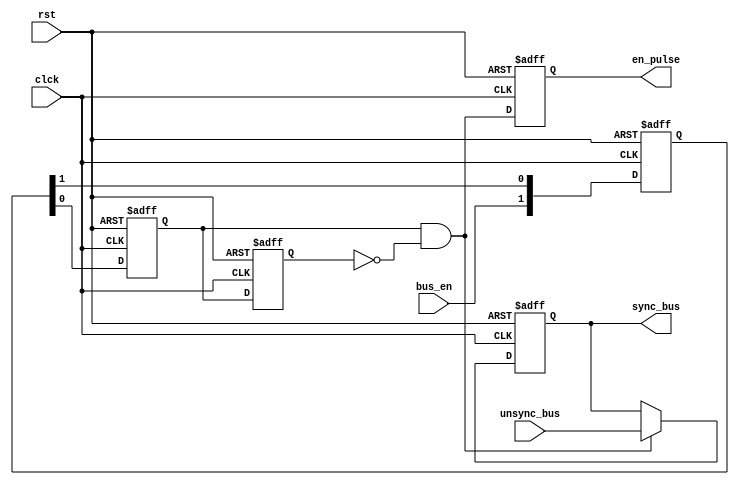
module data_sync #(parameter bus_width = 8,parameter num_stages=3) (unsync_bus,bus_en,clck,rst,sync_bus,en_pulse);
input [bus_width-1:0] unsync_bus;
input bus_en,clck,rst;
output reg [bus_width-1:0] sync_bus;
output reg en_pulse;

reg [num_stages-2:0] sync_flops; //multi flip flop sync
reg block_1_out; // multi flip flop out

wire pulse_gen_out;
reg pulse_reg; //pulse generator block

wire [bus_width-1:0]mux_out;

always @(posedge clck or negedge rst) //enable sync
begin
    if (rst==0)
    begin 
        sync_flops<=0;
        block_1_out<=0;
    end
    else 
    begin
        {sync_flops,block_1_out}<={bus_en,sync_flops};
    end
end

always @(posedge clck or negedge rst) //pulse generator
begin
    pulse_reg<=0;
    if (rst==0)
    begin
        pulse_reg<=0;
    end
    else
    begin
        pulse_reg<=block_1_out;
    end
end

assign pulse_gen_out = block_1_out & (~pulse_reg);

assign mux_out= pulse_gen_out? unsync_bus:sync_bus;

always @(posedge clck or negedge rst) 
begin
    if(rst==0)
    begin 
        sync_bus<=0;
    end
    else
    begin
        sync_bus<=mux_out;
    end
end

always @(posedge clck or negedge rst) 
begin
    if(rst==0)
    begin 
        en_pulse<=0;
    end
    else
    begin
        en_pulse<=pulse_gen_out;
    end
end

endmodule